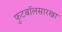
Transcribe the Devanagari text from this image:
फुटबॉलसारखा